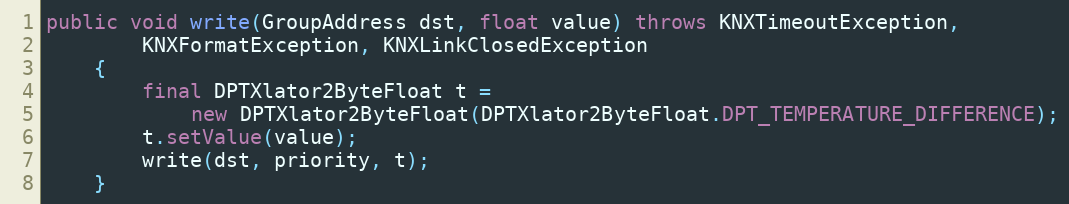
Language: Java
public void write(GroupAddress dst, float value) throws KNXTimeoutException,
		KNXFormatException, KNXLinkClosedException
	{
		final DPTXlator2ByteFloat t =
			new DPTXlator2ByteFloat(DPTXlator2ByteFloat.DPT_TEMPERATURE_DIFFERENCE);
		t.setValue(value);
		write(dst, priority, t);
	}